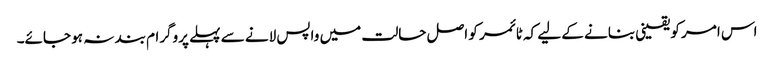
اس امر کو یقینی بنانے کے لیے کہ ٹائمر کو اصل حالت میں واپس لانے سے پہلے پروگرام بند نہ ہو جائے۔